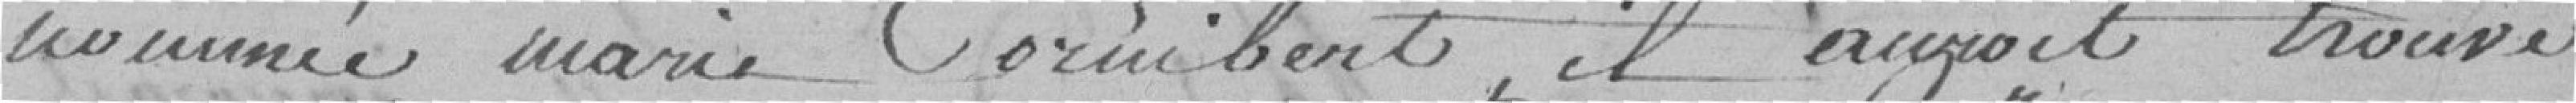
nommée Marie Cornibert il aurait trouvé